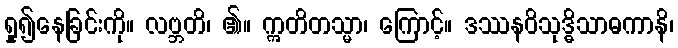
ရှု၍နေခြင်းကို။ လဗ္ဘတိ၊ ၏။ ဣတိတသ္မာ၊ ကြောင့်။ ဒဿနဝိသုဒ္ဓိသာဓကာနိ၊